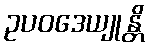
ဥပဝဒေယျုန္တိ